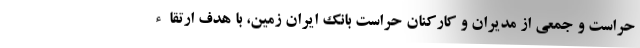
حراست و جمعی از مدیران و کارکنان حراست بانک ایران زمین، با هدف ارتقاء